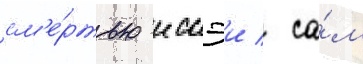
см'е́ртью иссэи / са́м